Problem: 9 × 5 = ?
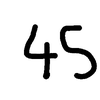
Handwritten answer: 45